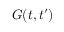
G ( t , t ^ { \prime } )